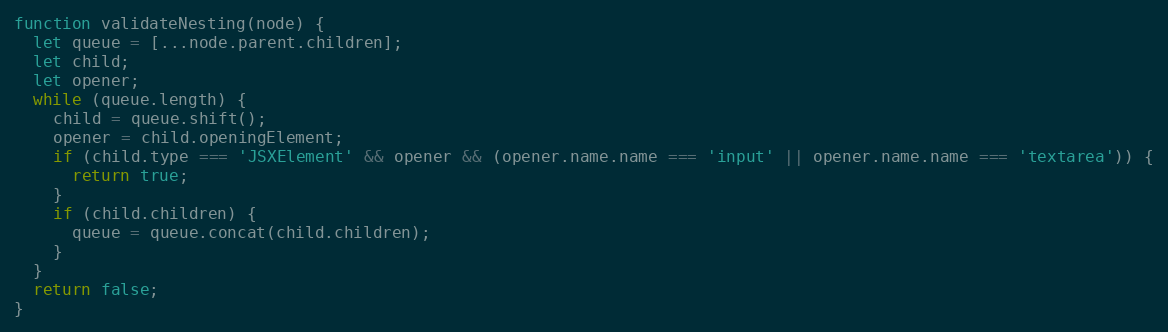
Language: JavaScript
function validateNesting(node) {
  let queue = [...node.parent.children];
  let child;
  let opener;
  while (queue.length) {
    child = queue.shift();
    opener = child.openingElement;
    if (child.type === 'JSXElement' && opener && (opener.name.name === 'input' || opener.name.name === 'textarea')) {
      return true;
    }
    if (child.children) {
      queue = queue.concat(child.children);
    }
  }
  return false;
}